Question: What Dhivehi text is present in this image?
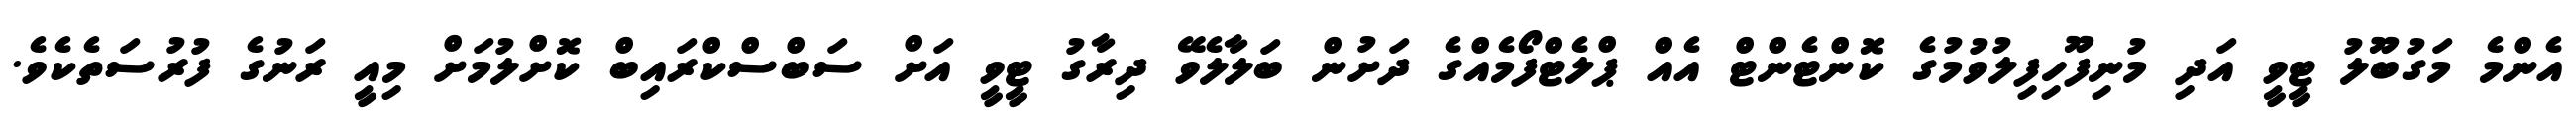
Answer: އެންމެ މަގުބޫލު ޓީވީ އަދި މުނިފޫހިފިލުވުމުގެ ކޮންޓެންޓް އެއް ޕްލެޓްފޯމެއްގެ ދަށުން ބަލާލެވޭ ދިރާގު ޓީވީ އަށް ސަބްސްކްރައިބް ކޮށްލުމަށް މިއީ ރަނުގެ ފުރުސަތެކެވެ.